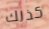
كذلك